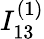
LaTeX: I_{13}^{(1)}